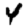
Digit: 4